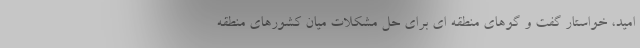
امید، خواستار گفت و گوهای منطقه ای برای حل مشکلات میان کشورهای منطقه